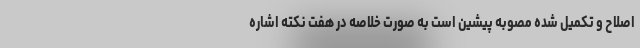
اصلاح و تکمیل شده مصوبه پیشین است به صورت خلاصه در هفت نکته اشاره